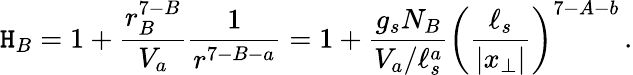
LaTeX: \mathtt{H}_{B}=1+{\frac{{r_{B}^{7-B}}}{{V_{a}}}}{\frac{{1}}{{r^{7-B-a}}}}=1+{\frac{{g_{s}N_{B}}}{{V_{a}/\ell_{s}^{a}}}}\left({\frac{{\ell_{s}}}{{|x_{\perp}|}}}\right)^{7-A-b}\, .